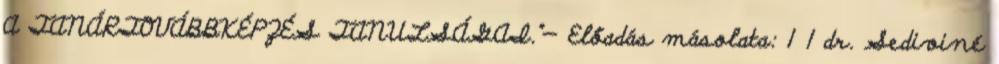
A TANÁRTOVÁBBKÉPZÉS TANULSÁGAI."— Előadás másolata: 1 1 dr. Sediviné